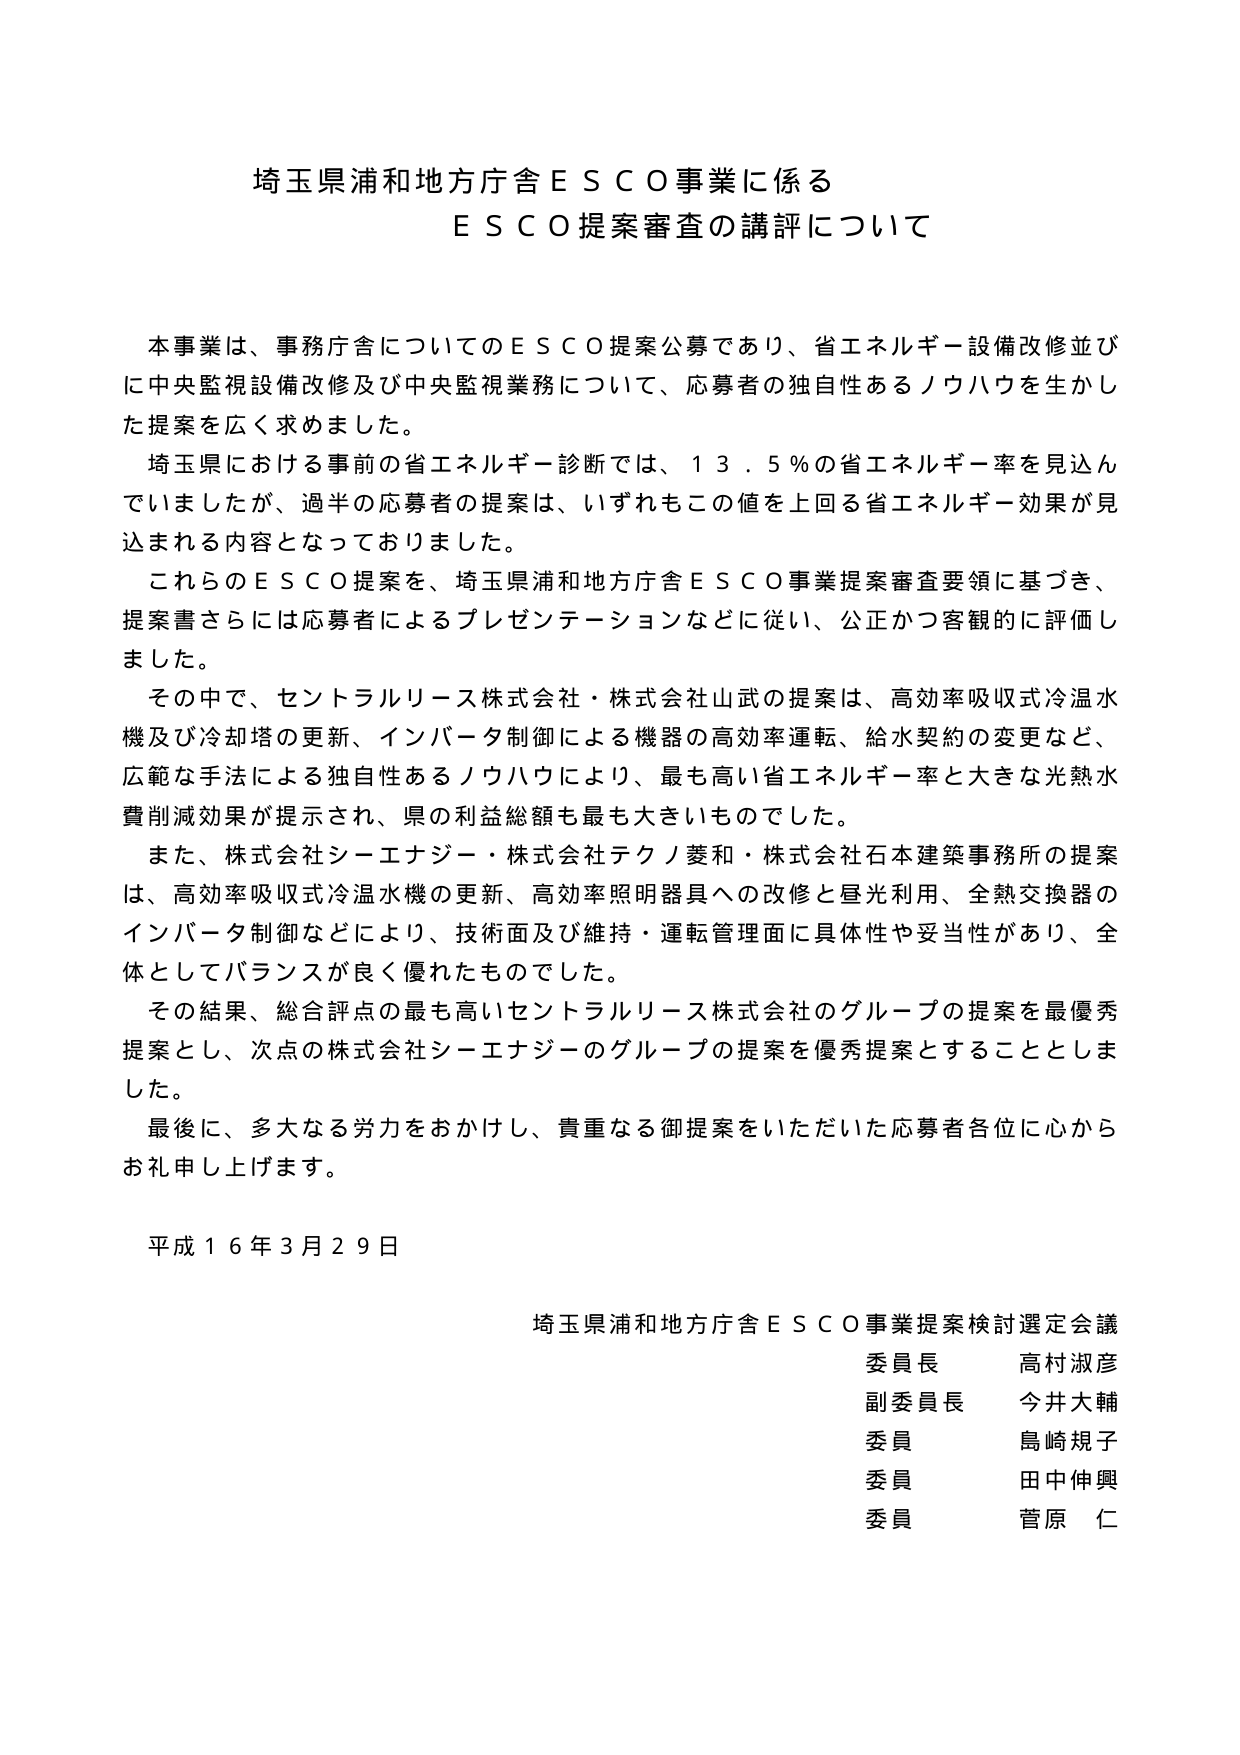
埼玉県浦和地方庁舎ＥＳＣＯ事業に係る
ＥＳＣＯ提案審査の講評について

本事業は、事務庁舎についてのＥＳＣＯ提案公募であり、省エネルギー設備改修並びに中央監視設備改修及び中央監視業務について、応募者の独自性あるノウハウを生かした提案を広く求めました。
埼玉県における事前の省エネルギー診断では、１３．５％の省エネルギー率を見込んでいましたが、過半の応募者の提案は、いずれもこの値を上回る省エネルギー効果が見込まれる内容となっておりました。
これらのＥＳＣＯ提案を、埼玉県浦和地方庁舎ＥＳＣＯ事業提案審査要領に基づき、提案書さらには応募者によるプレゼンテーションなどに従い、公正かつ客観的に評価しました。
その中で、セントラルリース株式会社・株式会社山武の提案は、高効率吸収式冷温水機及び冷却塔の更新、インバータ制御による機器の高効率運転、給水契約の変更など、広範な手法による独自性あるノウハウにより、最も高い省エネルギー率と大きな光熱水費削減効果が提示され、県の利益総額も最も大きいものでした。
また、株式会社シーエナジー・株式会社テクノ菱和・株式会社石本建築事務所の提案は、高効率吸収式冷温水機の更新、高効率照明器具への改修と昼光利用、全熱交換器のインバータ制御などにより、技術面及び維持・運転管理面に具体性や妥当性があり、全体としてバランスが良く優れたものでした。
その結果、総合評点の最も高いセントラルリース株式会社のグループの提案を最優秀提案とし、次点の株式会社シーエナジーのグループの提案を優秀提案とすることとしました。
最後に、多大なる労力をかけ、貴重なる御提案をいただいた応募者各位に心からお礼申し上げます。

平成１６年３月２９日

埼玉県浦和地方庁舎ＥＳＣＯ事業提案検討選定会議
委員長　高村淑彦
副委員長　今井大輔
委員　島崎規子
委員　田中伸興
委員　菅原　仁